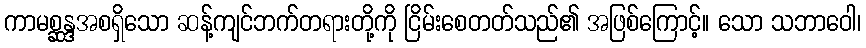
ကာမစ္ဆန္ဒအစရှိသော ဆန့်ကျင်ဘက်တရားတို့ကို ငြိမ်းစေတတ်သည်၏ အဖြစ်ကြောင့်။ သော သဘာဝေါ၊